DOW-UAP-D8, Mission Report, Djibouti, 2025
Agency: Department of War
Incident location: Mediterranean Sea
Page 5
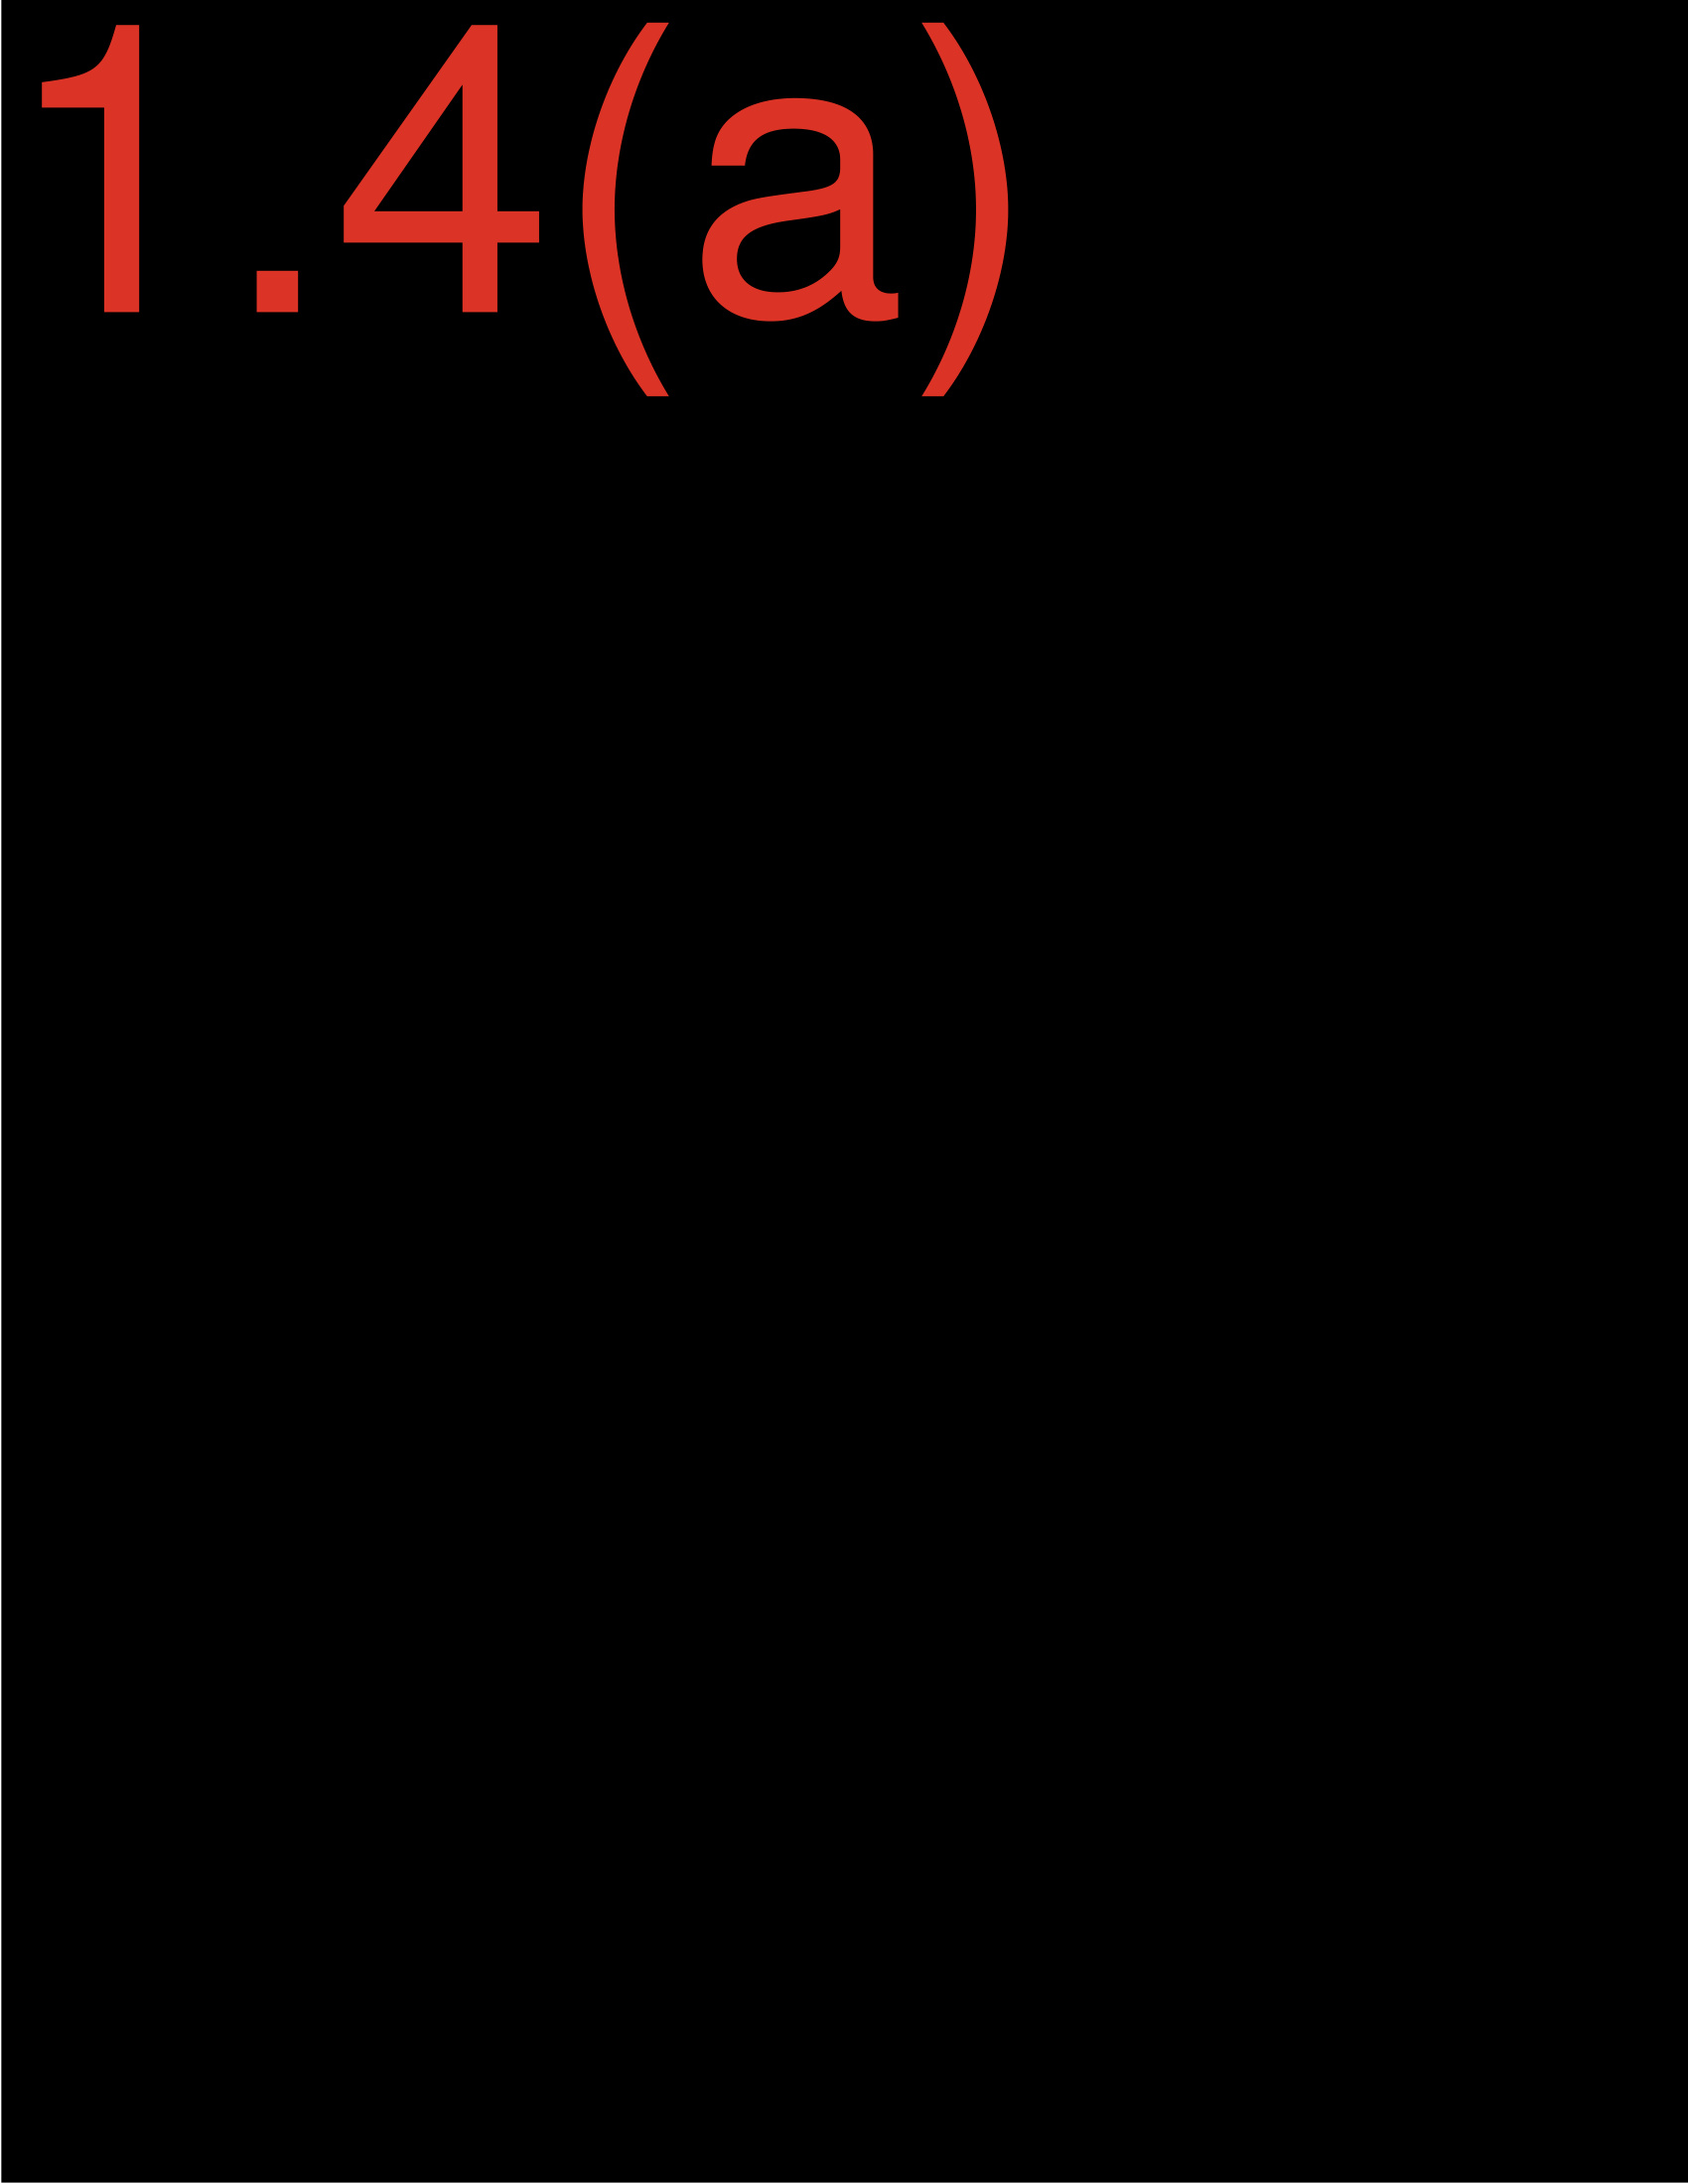